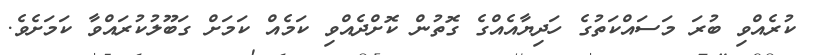
ކުރެއްވި ބުރަ މަސައްކަތުގެ ހަދިޔާއެއްގެ ގޮތުން ކޮށްދެއްވި ކަމެއް ކަމަށް ގަބޫލުކުރައްވާ ކަމަށެވެ.